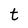
Character: t